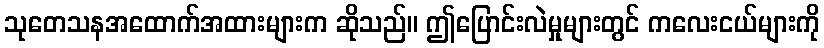
သုတေသနအထောက်အထားများက ဆိုသည်။ ဤပြောင်းလဲမှုများတွင် ကလေးငယ်များကို